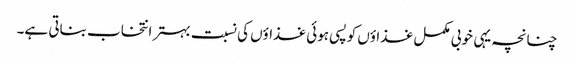
چنانچہ یہی خوبی مکمل غذاؤں کو پسی ہوئی غذاؤں کی نسبت بہتر انتخاب بناتی ہے۔